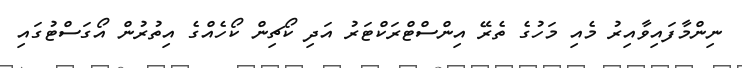
ނިންމާފައިވާއިރު މެއި މަހުގެ ތެރޭ އިންސްޓްރަކްޓަރު އަދި ކޯޗިން ކޯހެއްގެ އިތުރުން އޯގަސްޓުގައި